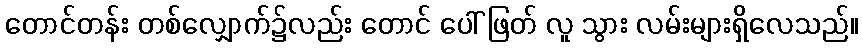
တောင်တန်း တစ်လျှောက်၌လည်း တောင် ပေါ် ဖြတ် လူ သွား လမ်းများရှိလေသည်။